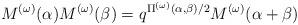
LaTeX: \begin{align*} M^{(\omega)}(\alpha)M^{(\omega)}(\beta) = q^{\Pi^{(\omega)}(\alpha,\beta)/2} M^{(\omega)}(\alpha+\beta)\end{align*}